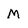
Character: M